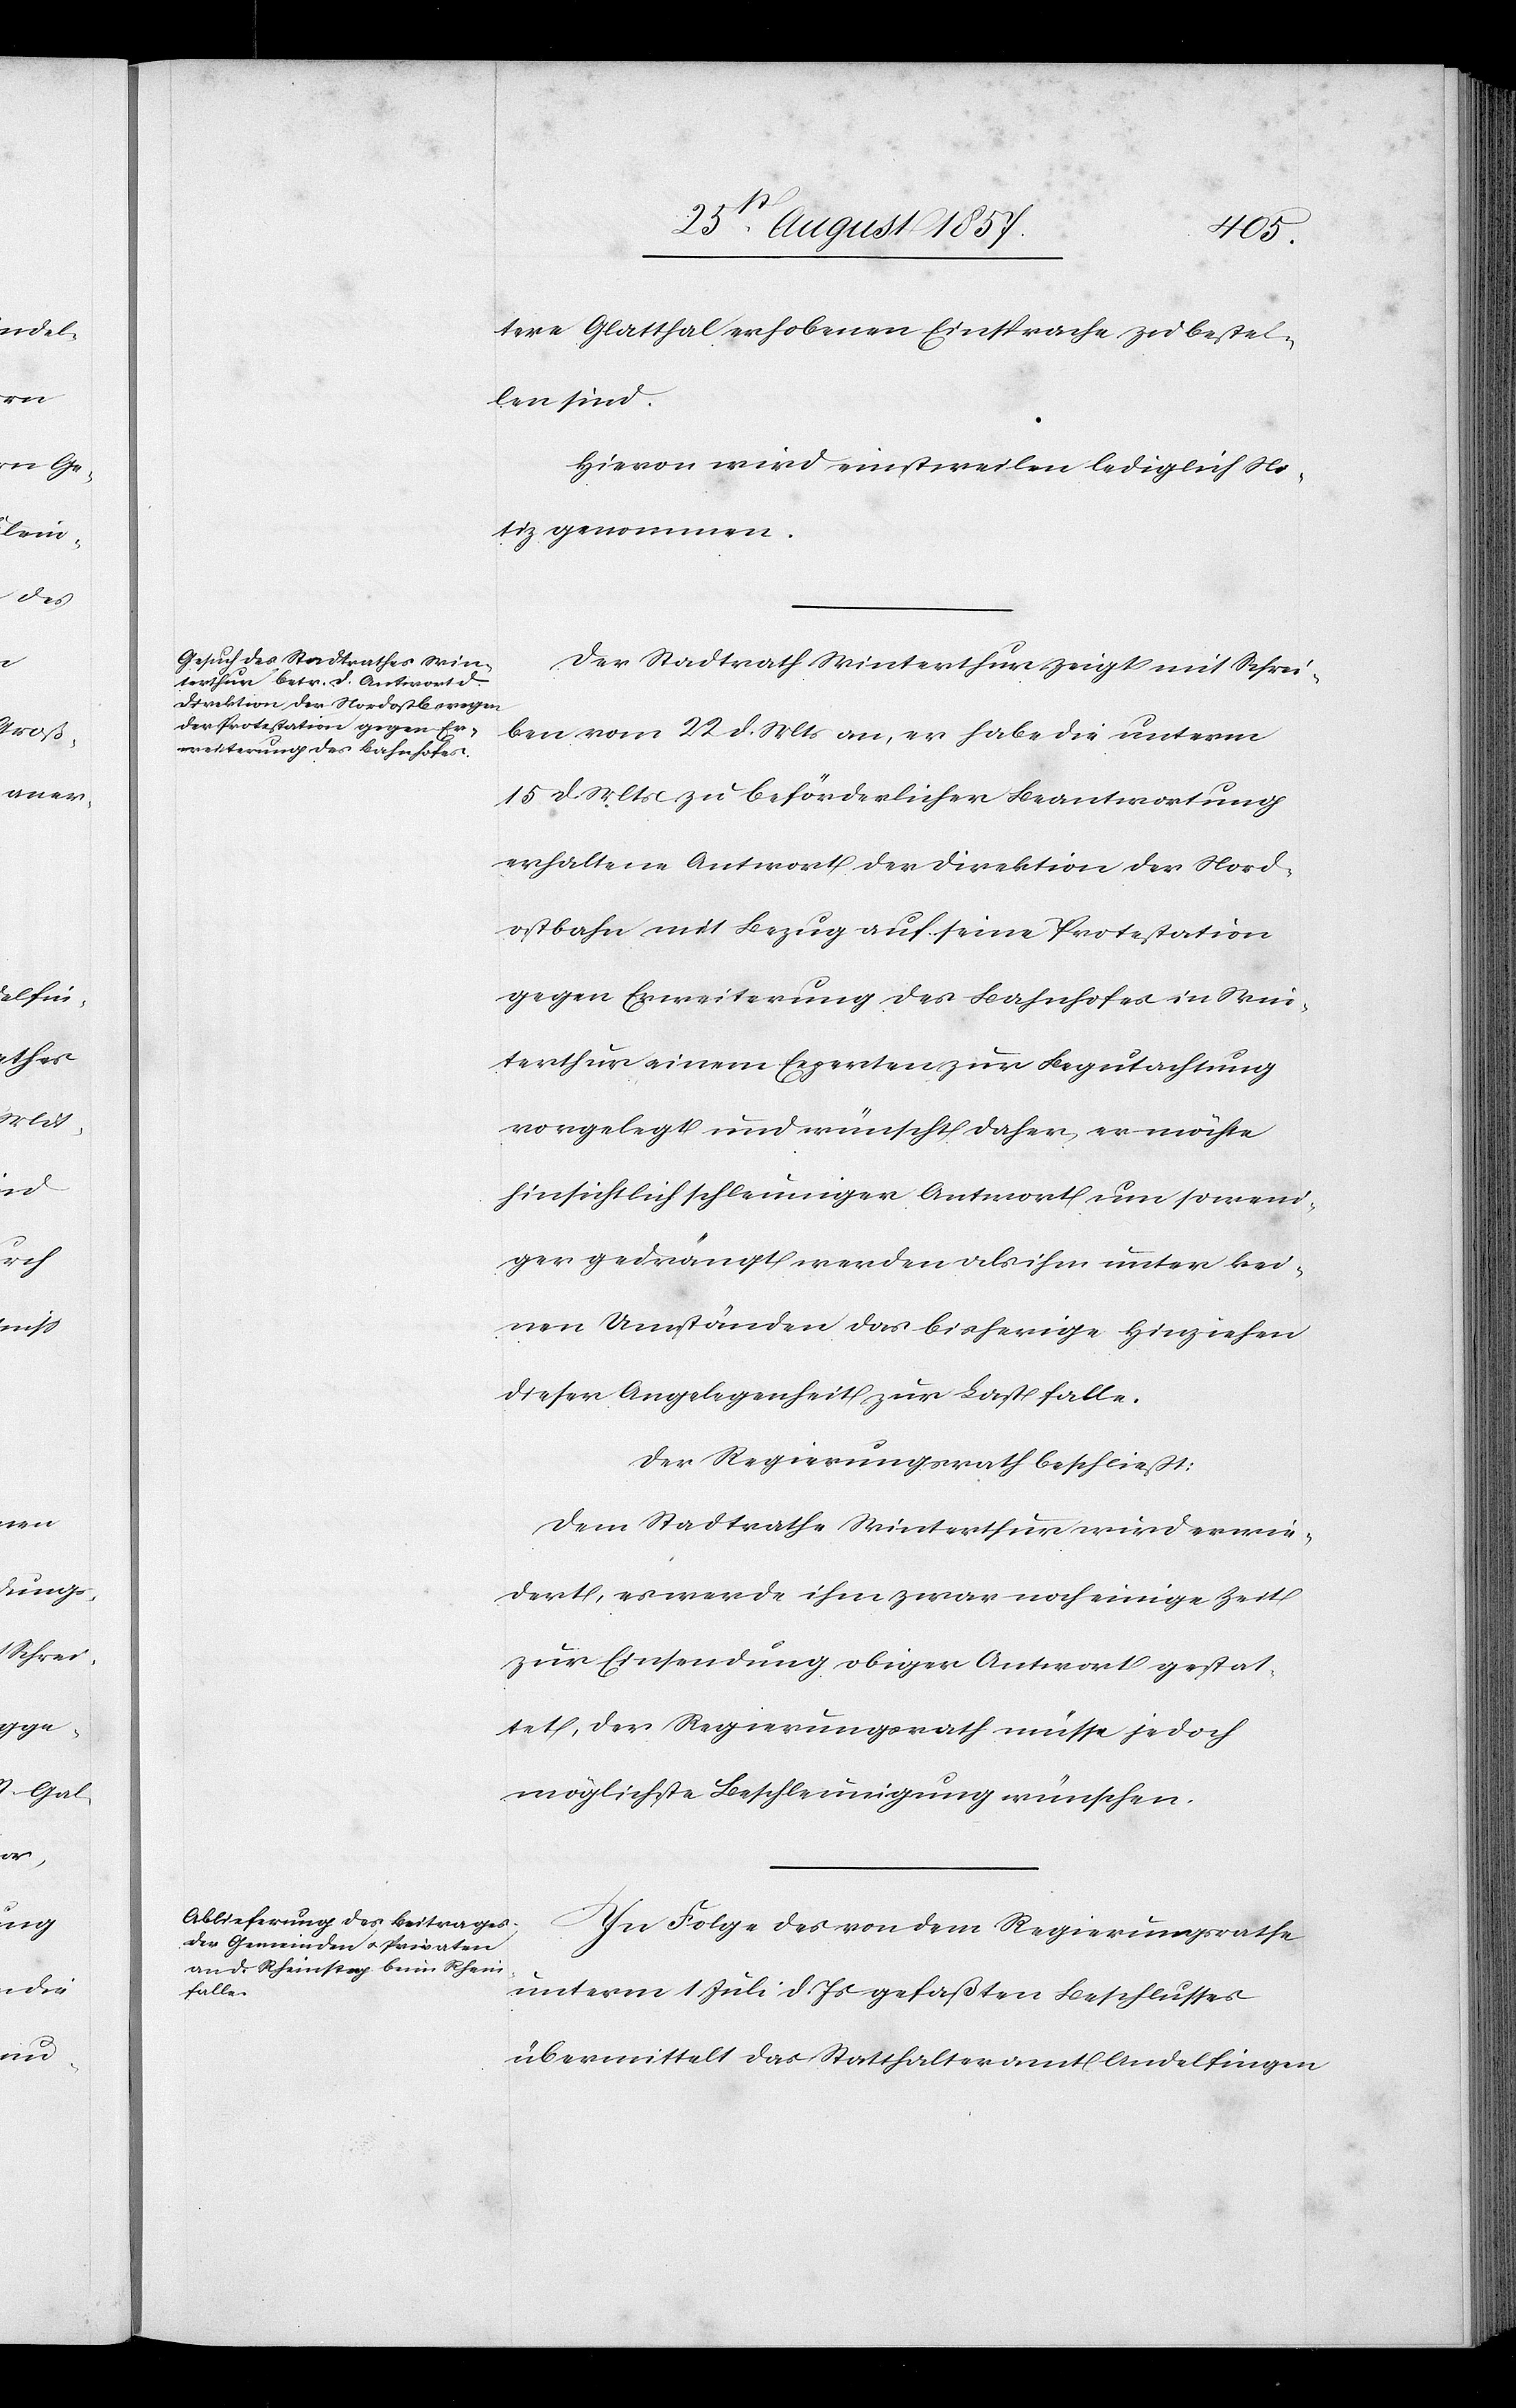
tere Glatthal erhobenen Einsprache zu bestel¬
len sind.
Hievon wird einstweilen lediglich No¬
tiz genommen.
Der Stadtrath Winterthur zeigt mit Schrei¬
ben vom 22 d. Mts. an, er habe die unterm
15 d. Mts. zu beförderlicher Beantwortung
erhaltene Antwort der Direktion der Nord¬
ostbahn mit Bezug auf seine Protestation
gegen Erweiterung des Bahnhofes in Win¬
terthur einem Experten zur Begutachtung
vorgelegt und wünscht daher, er möchte
hinsichtlich schleuniger Antwort um so weni¬
ger gedrängt werden als ihm unter kei¬
nen Umständen das bisherige Hinziehen
dieser Angelegenheit zur Last falle.
Der Regierungsrath beschließt:
Dem Stadtrathe Winterthur wird erwie¬
dert, es werde ihm zwar noch einige Zeit
zur Einsendung obiger Antwort gestat¬
tet, der Regierungsrath müsse jedoch
möglichste Beschleunigung wünschen.
In Folge des von dem Regierungsrathe
unterm 1 Juli d. Js. gefaßten Beschlusses
übermittelt das Statthalteramt Andelfingen